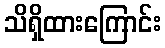
သိရှိထားကြောင်း